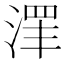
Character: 𱧓